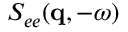
S _ { e e } ( \mathbf { q } , - \omega )